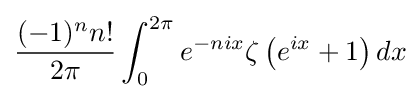
{\frac {(-1)^{n}n!}{2\pi }}\int _{0}^{2\pi }e^{-nix}\zeta \left(e^{ix}+1\right)dx